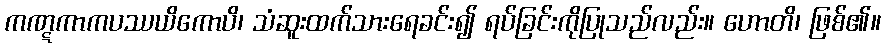
ကဏ္ဋကာကပဿယိကောပိ၊ သံဆူးထက်သားရေခင်း၍ ရပ်ခြင်းကိုပြုသည်လည်း။ ဟောတိ၊ ဖြစ်၏။